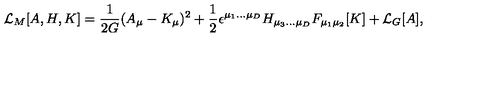
{ \cal L } _ { M } [ A , H , K ] = { \frac { 1 } { 2 G } } ( A _ { \mu } - K _ { \mu } ) ^ { 2 } + { \frac { 1 } { 2 } } \epsilon ^ { \mu _ { 1 } . . . \mu _ { D } } H _ { \mu _ { 3 } . . . \mu _ { D } } F _ { \mu _ { 1 } \mu _ { 2 } } [ K ] + { \cal L } _ { G } [ A ] ,